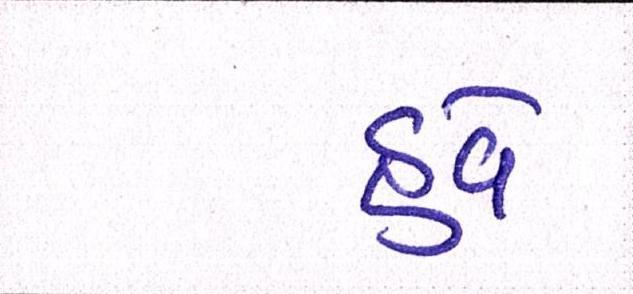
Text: હવે